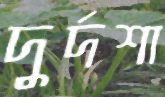
দুর্দশা